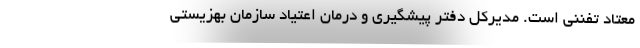
معتاد تفننی است. مدیرکل دفتر پیشگیری و درمان اعتیاد سازمان بهزیستی